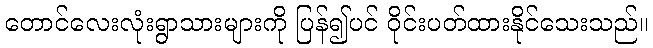
တောင်လေးလုံးရွာသားများကို ပြန်၍ပင် ဝိုင်းပတ်ထားနိုင်သေးသည်။